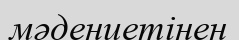
мәдениетінен